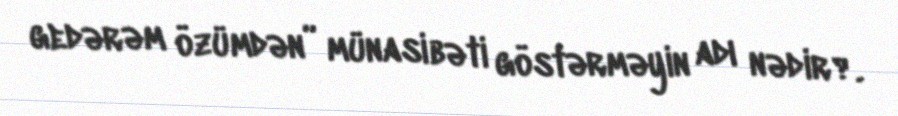
gedərəm özümdən” münasibəti göstərməyin adı nədir?.